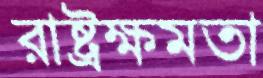
রাষ্ট্রক্ষমতা